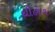
થીહાથ